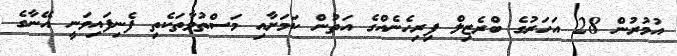
އުމުރުން 28 އަހަރުގެ ބްރެޒިލް ފިރިހެނެއްގެ އަތުން ކަމަށާއި މަސްތުވާތަކެތި ފެނިފައިވަނީ އޭނާގެ